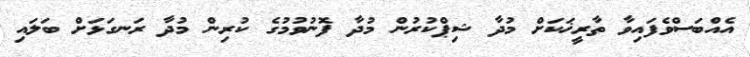
އެއްބަސްވެފައިވާ ތާރީޚަކަށް މުދާ ޝިޕްކުރުން މުދާ ފޮނުވުމުގެ ކުރިން މުދާ ރަނގަޅަށް ބަލައި